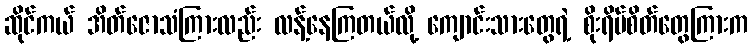
ဆိုင်ကယ် အိတ်ဇောသံကြားလည်း လန့်နေကြတယ်လို့ ကျောင်းသားတွေရဲ့ စိုးရိမ်စိတ်တွေကြားက